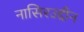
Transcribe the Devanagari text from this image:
नासिरउद्दीन